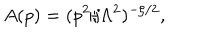
A ( p ) = ( p ^ { 2 } / \Lambda ^ { 2 } ) ^ { - \zeta / 2 } ,